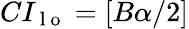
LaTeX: CI_{\mathrm{~l~o~}}=[B\alpha/2]